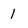
Character: 1